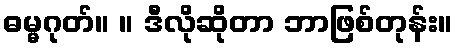
ဓမ္မဂုတ်။ ။ ဒီလိုဆိုတာ ဘာဖြစ်တုန်း။